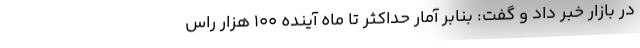
در بازار خبر داد و گفت: بنابر آمار حداکثر تا ماه آینده ۱۰۰ هزار راس